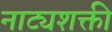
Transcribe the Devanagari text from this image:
नाट्यशक्ती